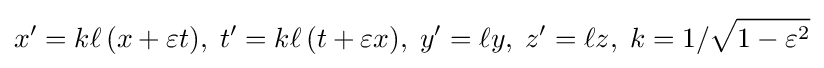
x^{\prime }=k\ell \left(x+\varepsilon t\right)\!,\;t^{\prime }=k\ell \left(t+\varepsilon x\right)\!,\;y^{\prime }=\ell y,\;z^{\prime }=\ell z,\;k=1/{\sqrt {1-\varepsilon ^{2}}}